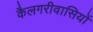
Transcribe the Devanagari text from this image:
कैलगरीवासियों